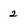
Character: 2